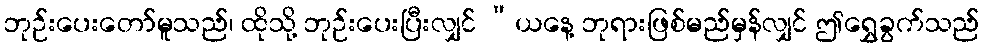
ဘုဉ်းပေးတော်မူသည်၊ ထိုသို့ ဘုဉ်းပေးပြီးလျှင် “ယနေ့ ဘုရားဖြစ်မည်မှန်လျှင် ဤရွှေခွက်သည်